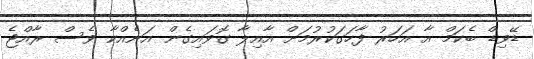
ޑޭވިޑް ބެކަމް އާ އަހަރު ފާހަގަކުރުމަށް އާއިލާ ގޮވައިގެން އަނެއްކާ ވެސް ރާއްޖެ